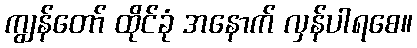
ကျွန်တော် ထိုင်ခုံ အနောက် လှန်ပါရစေ။